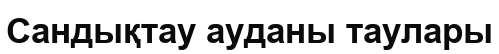
Сандықтау ауданы таулары